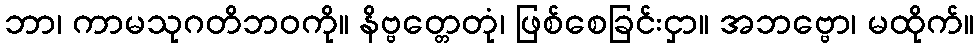
ဘာ၊ ကာမသုဂတိဘဝကို။ နိဗ္ဗတ္တေတုံ၊ ဖြစ်စေခြင်းငှာ။ အဘဗ္ဗော၊ မထိုက်။